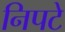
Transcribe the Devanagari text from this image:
निपटे